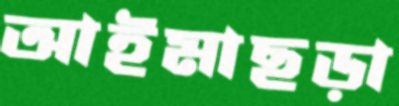
আইমাছড়া